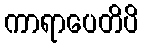
ကာရာပေတိပိ